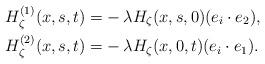
LaTeX: \begin{align*}H^{(1)}_{\zeta}(x,s,t) =& -\lambda H_{\zeta}(x,s,0) (e_i \cdot e_2), \\H^{(2)}_{\zeta}(x,s,t) =& - \lambda H_{\zeta}(x,0,t) (e_i \cdot e_1).\end{align*}